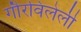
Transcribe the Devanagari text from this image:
गौरविलेली